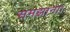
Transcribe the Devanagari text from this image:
समझाना।